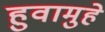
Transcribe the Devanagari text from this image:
हुवामुहे